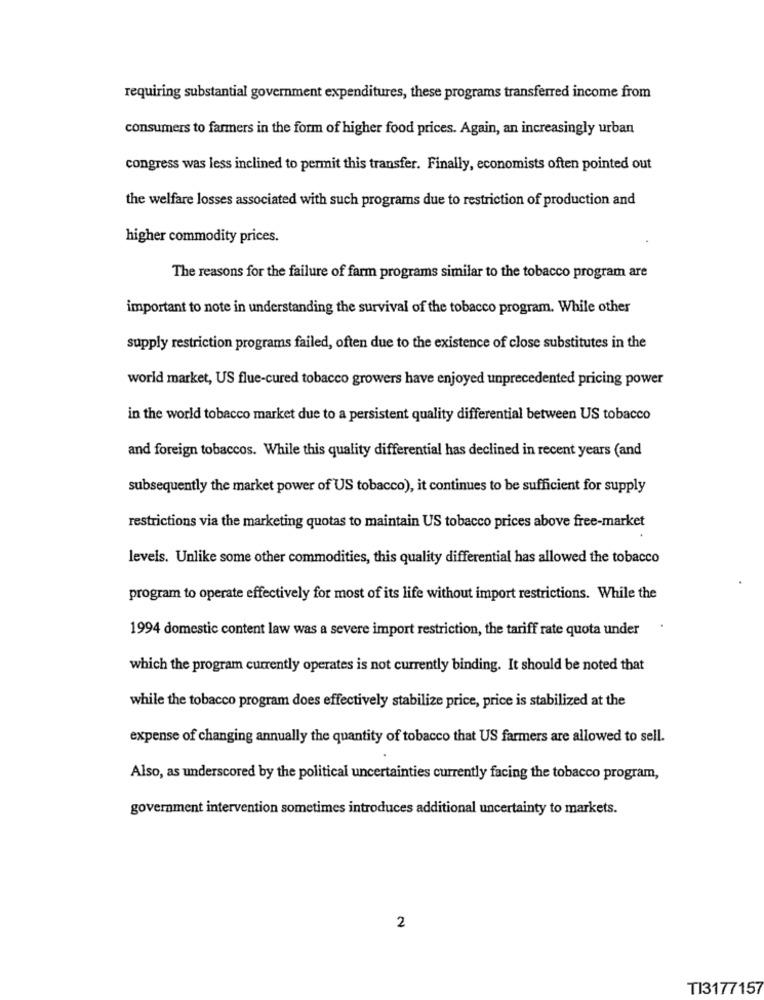
requiring substantial government expenditures, these programs transferred income from
consumers to farmers in the form of higher food prices. Again, an increasingly urban
congress was less inclined to permit this transfer. Finally, economists often pointed out
the welfare losses associated with such programs due to restriction of production and
higher commodity prices.
The reasons for the failure of farm programs similar to the tobacco program are
important to note in understanding the survival of the tobacco program. While other
supply restriction programs failed, often due to the existence of close substitutes in the
world market, US flue-cured tobacco growers have enjoyed unprecedented pricing power
in the world tobacco market due to a persistent quality differential between US tobacco
and foreign tobaccos. While this quality differential has declined in recent years (and
subsequently the market power of US tobacco), it continues to be sufficient for supply
restrictions via the marketing quotas to maintain US tobacco prices above free-market
levels. Unlike some other commodities, this quality differential has allowed the tobacco
program to operate effectively for most of its life without import restrictions. While the
1994 domestic content law was a severe import restriction, the tariff rate quota under
which the program currently operates is not currently binding. It should be noted that
while the tobacco program does effectively stabilize price, price is stabilized at the
expense of changing annually the quantity of tobacco that US farmers are allowed to sell.
Also, as underscored by the political uncertainties currently facing the tobacco program,
government intervention sometimes introduces additional uncertainty to markets.
2
TI3177157